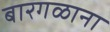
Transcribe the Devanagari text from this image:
बारगळाना